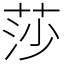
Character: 莎